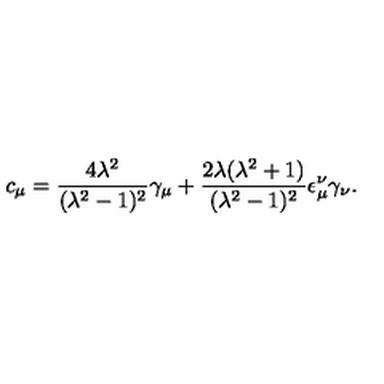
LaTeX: c _ { \mu } = \frac { 4 \lambda ^ { 2 } } { ( \lambda ^ { 2 } - 1 ) ^ { 2 } } \gamma _ { \mu } + \frac { 2 \lambda ( \lambda ^ { 2 } + 1 ) } { ( \lambda ^ { 2 } - 1 ) ^ { 2 } } \epsilon _ { \mu } ^ { \nu } \gamma _ { \nu } .